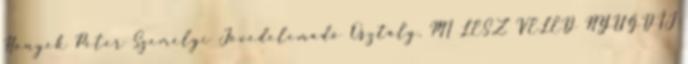
Honyek Péter Személyi Jövedelemadó Osztály. MI LESZ VELED NYUGDÍJ